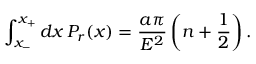
\int _ { x _ { - } } ^ { x _ { + } } d x \, P _ { r } ( x ) = { \frac { a \pi } { E ^ { 2 } } } \left( n + \frac 1 2 \right) .